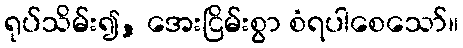
ရုပ်သိမ်း၍, အေးငြိမ်းစွာ စံရပါစေသော်။